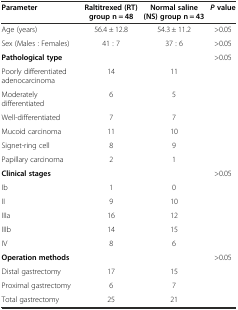
<table><thead><tr><td><b>Parameter</b></td><td><b>Raltitrexed (RT) group n = 48</b></td><td><b>Normal saline (NS) group n = 43</b></td><td><b><i>P</i>value</b></td></tr></thead><tbody><tr><td>Age (years)</td><td>56.4 ± 12.8</td><td>54.3 ± 11.2</td><td>&gt;0.05</td></tr><tr><td>Sex (Males : Females)</td><td>41 : 7</td><td>37 : 6</td><td>&gt;0.05</td></tr><tr><td><b>Pathological type</b></td><td></td><td></td><td>&gt;0.05</td></tr><tr><td>Poorly differentiated adenocarcinoma</td><td>14</td><td>11</td><td></td></tr><tr><td>Moderately differentiated</td><td>6</td><td>5</td><td></td></tr><tr><td>Well-differentiated</td><td>7</td><td>7</td><td></td></tr><tr><td>Mucoid carcinoma</td><td>11</td><td>10</td><td></td></tr><tr><td>Signet-ring cell</td><td>8</td><td>9</td><td></td></tr><tr><td>Papillary carcinoma</td><td>2</td><td>1</td><td></td></tr><tr><td><b>Clinical stages</b></td><td></td><td></td><td>&gt;0.05</td></tr><tr><td>Ib</td><td>1</td><td>0</td><td></td></tr><tr><td>II</td><td>9</td><td>10</td><td></td></tr><tr><td>IIIa</td><td>16</td><td>12</td><td></td></tr><tr><td>IIIb</td><td>14</td><td>15</td><td></td></tr><tr><td>IV</td><td>8</td><td>6</td><td></td></tr><tr><td><b>Operation methods</b></td><td></td><td></td><td>&gt;0.05</td></tr><tr><td>Distal gastrectomy</td><td>17</td><td>15</td><td></td></tr><tr><td>Proximal gastrectomy</td><td>6</td><td>7</td><td></td></tr><tr><td>Total gastrectomy</td><td>25</td><td>21</td><td></td></tr></tbody></table>